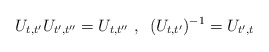
\begin{align*}U_{t,t^{\prime}}U_{t^{\prime},t^{\prime\prime}}=U_{t,t^{\prime\prime}}\text{\ , \ }(U_{t,t^{\prime}})^{-1}=U_{t^{\prime},t} \end{align*}